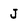
Character: J